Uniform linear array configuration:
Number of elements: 4
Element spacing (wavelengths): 1
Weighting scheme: hann
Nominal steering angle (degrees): -60
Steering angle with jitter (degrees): -61.425
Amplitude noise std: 0.05
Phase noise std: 0.05

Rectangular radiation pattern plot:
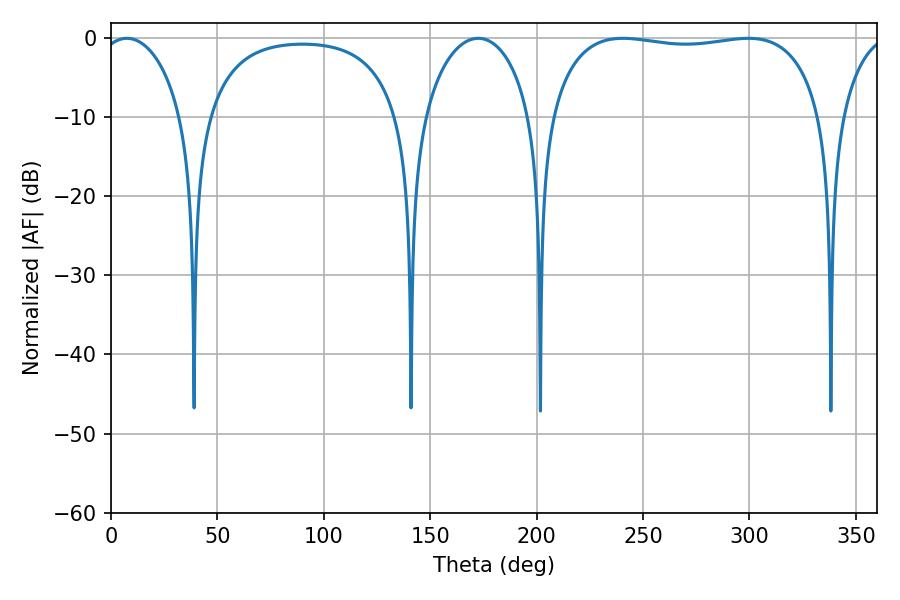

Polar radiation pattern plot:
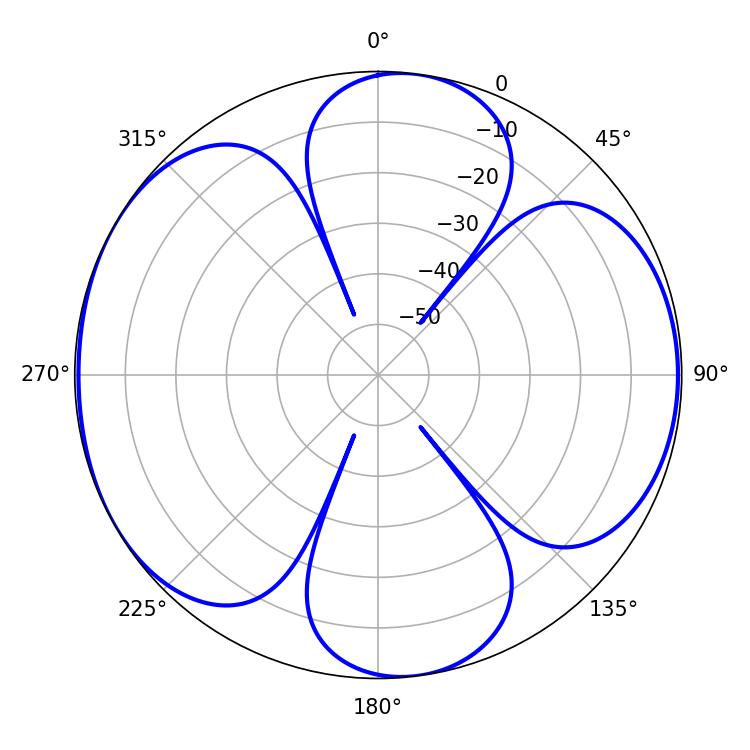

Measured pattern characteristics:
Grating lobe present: TRUE
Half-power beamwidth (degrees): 102.96
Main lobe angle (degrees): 240.48